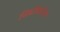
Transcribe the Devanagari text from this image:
निधीकरिता